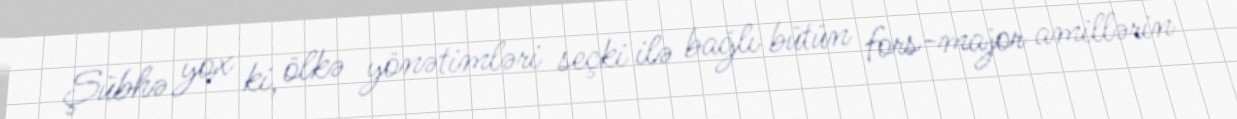
Şübhə yox ki, ölkə yönətimləri seçki ilə bağlı bütün fors-major amillərin